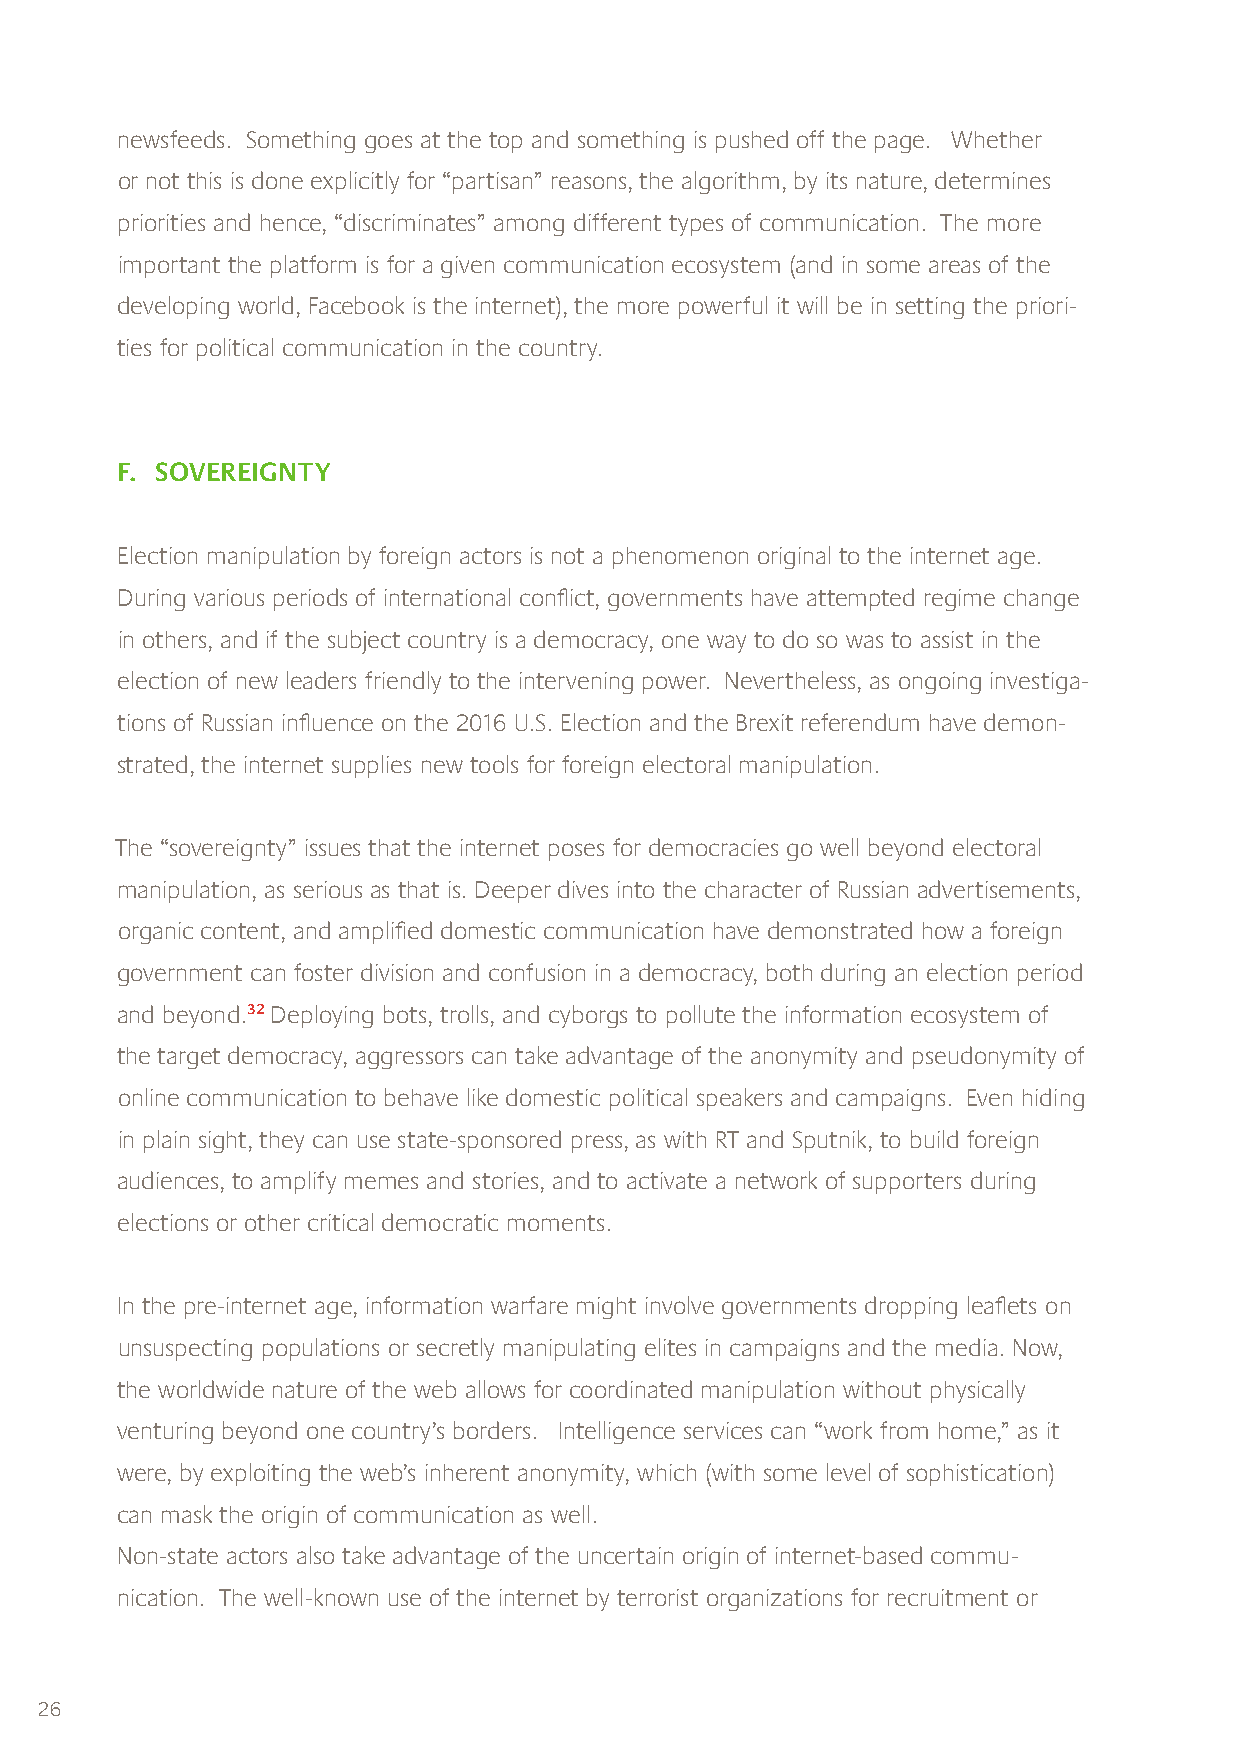
newsfeeds. Something goes at the top and something is pushed off the page. Whether
 or not this is done explicitly for “partisan” reasons, the algorithm, by its nature, determines
 priorities and hence, “discriminates” among different types of communication. The more
 important the platform is for a given communication ecosystem (and in some areas of the
 developing world, Facebook is the internet), the more powerful it will be in setting the priori-
 ties for political communication in the country.
 F. SOVEREIGNTY
 Election manipulation by foreign actors is not a phenomenon original to the internet age.
 During various periods of international conflict, governments have attempted regime change
 in others, and if the subject country is a democracy, one way to do so was to assist in the
 election of new leaders friendly to the intervening power. Nevertheless, as ongoing investiga-
 tions of Russian influence on the 2016 U.S. Election and the Brexit referendum have demon-
 strated, the internet supplies new tools for foreign electoral manipulation.
 The “sovereignty” issues that the internet poses for democracies go well beyond electoral
 manipulation, as serious as that is. Deeper dives into the character of Russian advertisements,
 organic content, and amplified domestic communication have demonstrated how a foreign
 government can foster division and confusion in a democracy, both during an election period
 and beyond.32 Deploying bots, trolls, and cyborgs to pollute the information ecosystem of
 the target democracy, aggressors can take advantage of the anonymity and pseudonymity of
 online communication to behave like domestic political speakers and campaigns. Even hiding
 in plain sight, they can use state-sponsored press, as with RT and Sputnik, to build foreign
 audiences, to amplify memes and stories, and to activate a network of supporters during
 elections or other critical democratic moments.
 In the pre-internet age, information warfare might involve governments dropping leaflets on
 unsuspecting populations or secretly manipulating elites in campaigns and the media. Now,
 the worldwide nature of the web allows for coordinated manipulation without physically
 venturing beyond one country’s borders. Intelligence services can “work from home,” as it
 were, by exploiting the web’s inherent anonymity, which (with some level of sophistication)
 can mask the origin of communication as well.
 Non-state actors also take advantage of the uncertain origin of internet-based commu-
 nication. The well-known use of the internet by terrorist organizations for recruitment or
 26